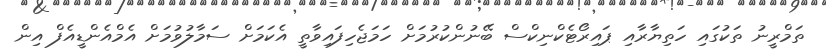
ތަމްރީނު ތަކުގައި ހަތިޔާރާއި ޕައިރޯޓެކްނިކްސް ބޭނުންކުރުމަށް ހަމަޖެހިފައިވާތީ އެކަމަށް ސަމާލުވުމަށް އެމްއެންޑީއެފް އިން